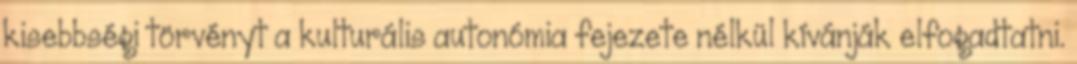
kisebbségi törvényt a kulturális autonómia fejezete nélkül kívánják elfogadtatni.